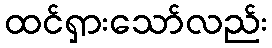
ထင်ရှားသော်လည်း